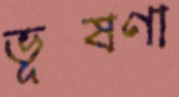
ভূষণা